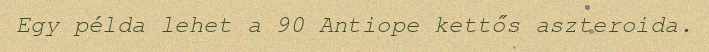
Egy példa lehet a 90 Antiope kettős aszteroida.